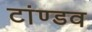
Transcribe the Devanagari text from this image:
टांण्डव